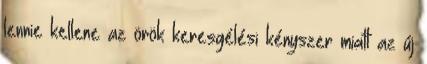
lennie kellene az örök keresgélési kényszer miatt az új